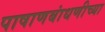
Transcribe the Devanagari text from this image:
पाषाणबांधणीच्या